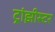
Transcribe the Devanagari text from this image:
ट्रांझीस्टर